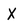
Character: X